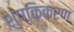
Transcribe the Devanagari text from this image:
शुष्किकरण